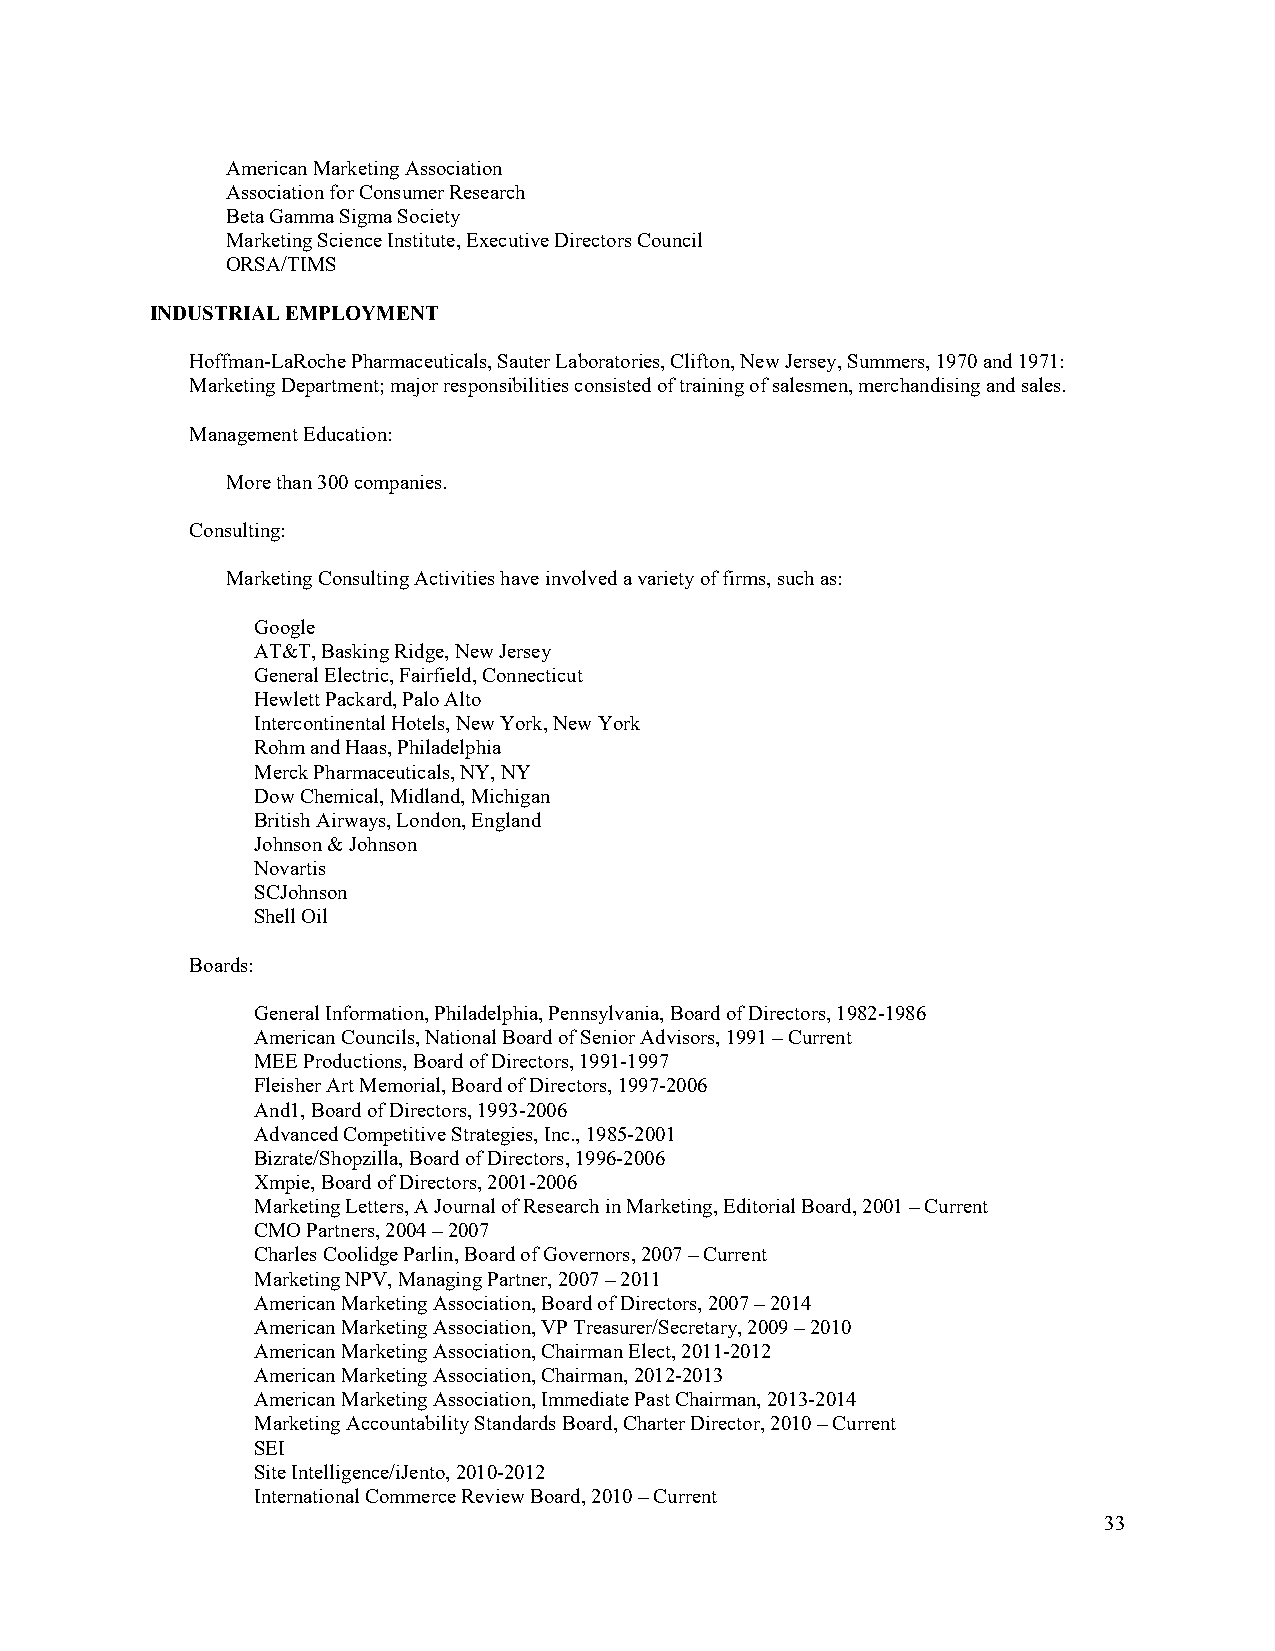
American Marketing Association
 Association for Consumer Research
 Beta Gamma Sigma Society
 Marketing Science Institute, Executive Directors Council
 ORSA/TIMS
 INDUSTRIAL EMPLOYMENT
 Hoffman-LaRoche Pharmaceuticals, Sauter Laboratories, Clifton, New Jersey, Summers, 1970 and 1971:
 Marketing Department; major responsibilities consisted of training of salesmen, merchandising and sales.
 Management Education:
 More than 300 companies.
 Consulting:
 Marketing Consulting Activities have involved a variety of firms, such as:
 Google
 AT&T, Basking Ridge, New Jersey
 General Electric, Fairfield, Connecticut
 Hewlett Packard, Palo Alto
 Intercontinental Hotels, New York, New York
 Rohm and Haas, Philadelphia
 Merck Pharmaceuticals, NY, NY
 Dow Chemical, Midland, Michigan
 British Airways, London, England
 Johnson & Johnson
 Novartis
 SCJohnson
 Shell Oil
 Boards:
 General Information, Philadelphia, Pennsylvania, Board of Directors, 1982-1986
 American Councils, National Board of Senior Advisors, 1991 – Current
 MEE Productions, Board of Directors, 1991-1997
 Fleisher Art Memorial, Board of Directors, 1997-2006
 And1, Board of Directors, 1993-2006
 Advanced Competitive Strategies, Inc., 1985-2001
 Bizrate/Shopzilla, Board of Directors, 1996-2006
 Xmpie, Board of Directors, 2001-2006
 Marketing Letters, A Journal of Research in Marketing, Editorial Board, 2001 – Current
 CMO Partners, 2004 – 2007
 Charles Coolidge Parlin, Board of Governors, 2007 – Current
 Marketing NPV, Managing Partner, 2007 – 2011
 American Marketing Association, Board of Directors, 2007 – 2014
 American Marketing Association, VP Treasurer/Secretary, 2009 – 2010
 American Marketing Association, Chairman Elect, 2011-2012
 American Marketing Association, Chairman, 2012-2013
 American Marketing Association, Immediate Past Chairman, 2013-2014
 Marketing Accountability Standards Board, Charter Director, 2010 – Current
 SEI
 Site Intelligence/iJento, 2010-2012
 International Commerce Review Board, 2010 – Current
 33